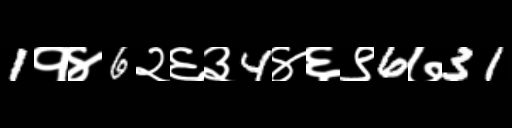
Text: 1१४6२६३4४६९6७31